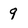
Character: 9